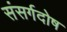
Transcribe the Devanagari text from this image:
संसर्गदोष